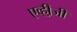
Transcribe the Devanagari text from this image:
एव्ही़जी